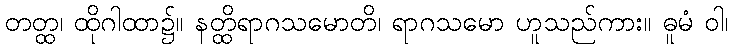
တတ္ထ၊ ထိုဂါထာ၌။ နတ္ထိရာဂသမောတိ၊ ရာဂသမော ဟူသည်ကား။ ဓူမံ ဝါ၊